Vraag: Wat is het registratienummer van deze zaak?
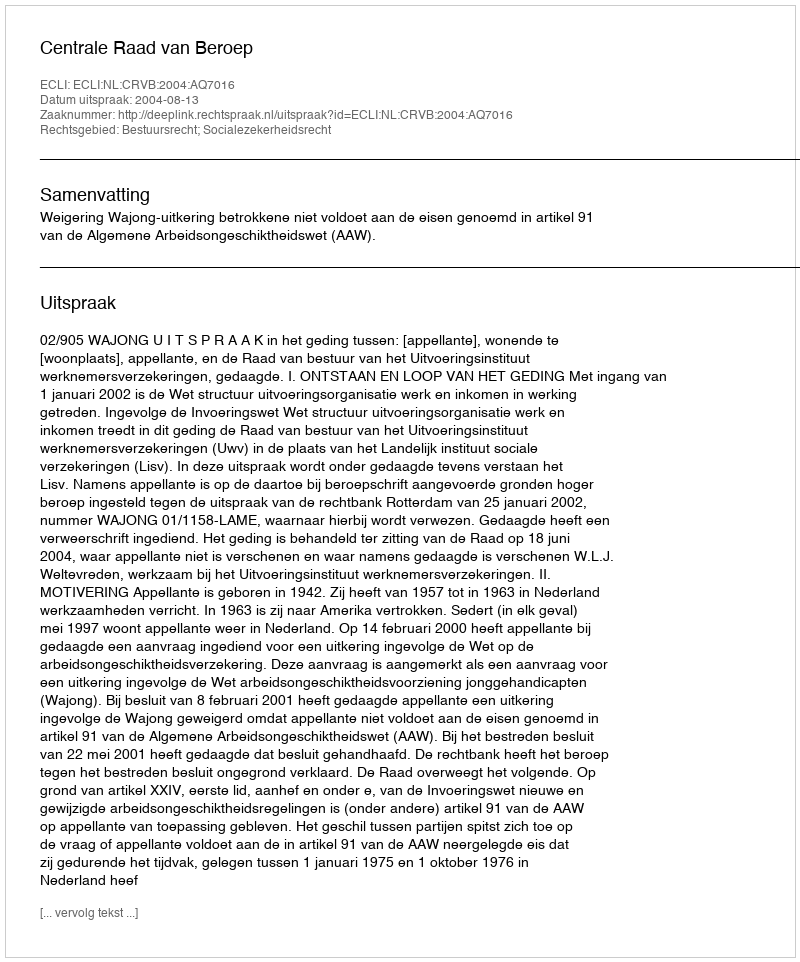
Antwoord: http://deeplink.rechtspraak.nl/uitspraak?id=ECLI:NL:CRVB:2004:AQ7016